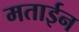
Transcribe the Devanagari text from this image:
मताईन